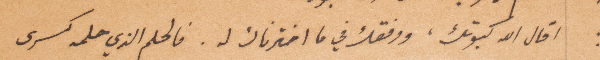
اقال الله كبوتك، ووفقك في ما اخترناك له. فالحلم الذي حلمه كسرى